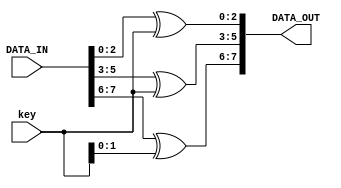
`timescale 1ns/1ps

module uart_encryption(DATA_IN , key, DATA_OUT);
	
	/* 
	we will perform a simple encryption using DATA_OUT = DATA_IN XOR key
	this way, we can encrypt the data before tranmittion , and then after we receive them to decrypt, 
	we just XOR again with same key (in our case baud select) and we will get the original message
	because ((A XOR B) XOR B) = A 
	*/
	
	input [7:0] DATA_IN ; //DATA 
	input [2:0] key ; //we will set it so key for encryption is the same as baud select
	output reg [7:0] DATA_OUT ;

	always @ (DATA_IN)
	begin
		DATA_OUT[2:0] = DATA_IN[2:0] ^ key ; 
		DATA_OUT[5:3] = DATA_IN[5:3] ^ key ; 
		DATA_OUT[7:6] = DATA_IN[7:6] ^ key[1:0] ;  
	end

endmodule